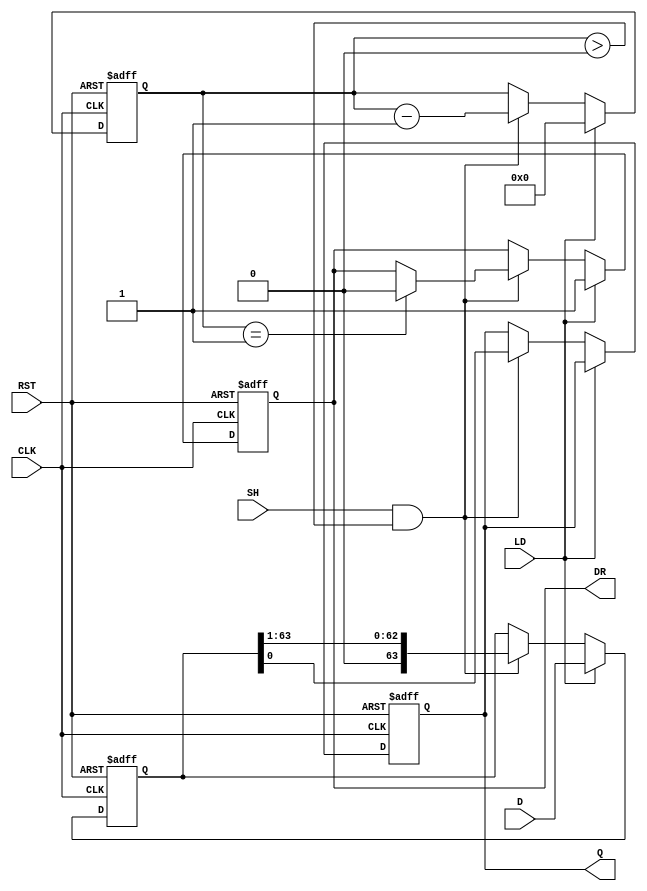
module PISO_Register (
    input wire [63:0] D,      // 64-bit Data Input
    input wire LD,            // Load control signal
    input wire SH,            // Shift control signal
    input wire CLK,           // Clock signal
    input wire RST,           // Asynchronous Reset signal
    output reg Q,             // Serial Output
    output reg DR             // Data Ready signal
);

    reg [63:0] shift_reg;     // Internal shift register
    reg [5:0] bit_count;      // Counter for the number of bits shifted out

    always @(posedge CLK or posedge RST) begin
        if (RST) begin
            shift_reg <= 64'b0; // Clear the shift register
            Q <= 1'b0;          // Clear the serial output
            DR <= 1'b0;         // Clear the Data Ready signal
            bit_count <= 6'b0;  // Reset bit counter
        end else begin
            if (LD) begin
                shift_reg <= D;  // Load data into the shift register
                bit_count <= 6'd64; // Set counter to indicate 64 bits ready
                DR <= 1'b1;      // Set Data Ready signal
            end else if (SH && bit_count > 0) begin
                Q <= shift_reg[0]; // Output the LSB
                shift_reg <= shift_reg >> 1; // Shift right
                bit_count <= bit_count - 1; // Decrement the bit counter
                // Set Data Ready signal when shifting
                if (bit_count == 1) begin
                    DR <= 1'b0; // Clear Data Ready signal after last bit
                end
            end
        end
    end

endmodule